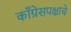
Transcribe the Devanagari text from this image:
काँग्रेसपक्षाचे